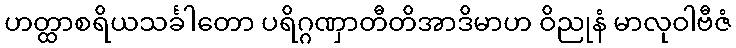
ဟတ္ထာစရိယသင်္ခါတော ပရိဂ္ဂဏှာတီတိအာဒိမာဟ ဝိညုနံ မာလုဝါဗီဇံ